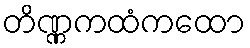
တိဏ္ဏကထံကထော